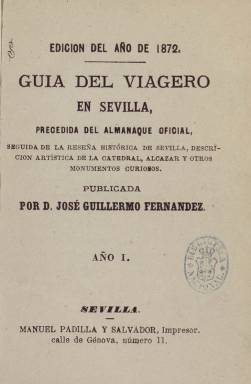
Título: Guía del viagero en Sevilla
Otros títulos: Guía del viajero en Sevilla
Colección: Almanaques || Revistas turísticas y de viajes
Ámbito geográfico: Sevilla
Lugar de publicación: Sevilla
Fechas: 01/01/1872-31/12/1872

Esta guía turística de Sevilla, de la que sólo se conserva la editada el primer año correspondiente a 1872, es un interesante documento para conocer un momento de la historia y costumbres de la capital andaluza, dado el número de estadísticas de todo tipo que incluye. Era en su tiempo de sumo interés para el turista nacional o extranjero por la información que proporcionaba sobre los monumentos sevillanos.

   Su editor José Guillermo Fernández, del que se desconoce si continuó su publicación, incluyó información de la Guía oficial de Sevilla y su provincia, que había comenzado a editar años atrás Manuel Gómez Zarzuela. Esta guía sí fue longeva porque hay constancia de que al menos se publicó hasta 1896. Puede consultarse también en la Hemeroteca Digital de la BNE.

   La Guía del viagero en Sevilla, escrito así, con g, venía precedida de un almanaque oficial del arzobispado, seguida de una reseña histórica de la ciudad, la descripción artística de la catedral, el alcázar y ‘otros monumentos curiosos’, según señala en su subtítulo la publicación. En total, 240 páginas de información, gran parte de ella pintoresca, adjetivo muy del gusto decimonónico.

   Estas publicaciones son un tesoro de detalles costumbristas, más allá de una simple relación de monumentos, de instituciones o de personas y cargos. Hojeando el almanaque, por ejemplo, vemos los días en que tomando la bula de la Santa Cruzada se sacaba un ánima del purgatorio, o nos informamos de la prohibición de mezclar en una misma comida carne con pescado en todos los viernes del año, salvo en la Cuaresma, costumbre ésta que se llama ‘no promiscuar’.

  Asimismo, en el relato histórico de la ciudad leemos que fue fundada por Hércules o por un rey godo descendiente del legendario héroe griego, algo que asombra encontrar todavía en el positivista siglo XIX. Un dato más real y con base en las crónicas medievales es el que informa de que Sevilla tuvo el primer reloj mecánico de España, que fue instalado en 1400 en la torre campanario de la mezquita luego reconvertida en catedral, o el dato más moderno de que se acababa de inaugurar en 1870 un tranvía en la calle Sierpes, sobre raíles y tirado todavía por animales.

   En el índice alfabético de las últimas páginas se puede consultar todo clase de instituciones y establecimientos recogidos en la guía, desde asilos de mendicidad hasta escuelas de baile, desde asociaciones obreras hasta el Banco de España, la Biblioteca Colombina o la fábrica de tabacos.

[Descripción publicada el 04/09/2020]